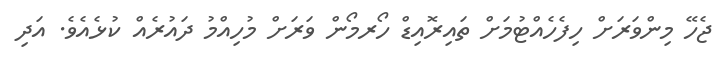
ޖެހޭ މިންވަރަށް ހިފެހެއްޓުމަށް ތައިރޮއިޑް ހޯރމޯން ވަރަށް މުހިއްމު ދައުރެއް ކުޅެއެވެ. އަދި